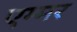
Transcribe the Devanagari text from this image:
एम्मर